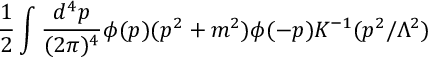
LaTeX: { \frac { 1 } { 2 } } \int { \frac { d ^ { 4 } p } { ( 2 \pi ) ^ { 4 } } } \phi ( p ) ( p ^ { 2 } + m ^ { 2 } ) \phi ( - p ) K ^ { - 1 } ( p ^ { 2 } / \Lambda ^ { 2 } )